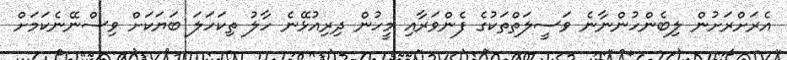
އެރަށްރަށުން ލިބެންހުންނާނެ ވަސީލަތްތަކުގެ ފެންވަރާއި މީހުން ދިރިއުޅޭނެ ހާލު ތިކަހަލަ ބަޔަކަށް ވިސްނޭނެކަމަށް